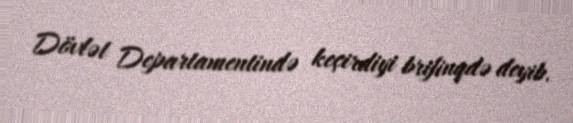
Dövlət Departamentində keçirdiyi brifinqdə deyib.